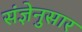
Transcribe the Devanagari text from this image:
संज्ञेनुसार